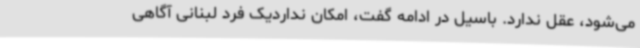
می‌شود، عقل ندارد. باسیل در ادامه گفت، امکان نداردیک فرد لبنانی آگاهی